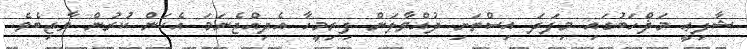
ޝާފިޢީ މަޛްހަބުގައި މިފަދަ އިސްތަށި ދުއްވާލަން ފިރިމީހާ އެދިއްޖެނަމަ އެކަން ކުރުން ވާޖިބެވެ.